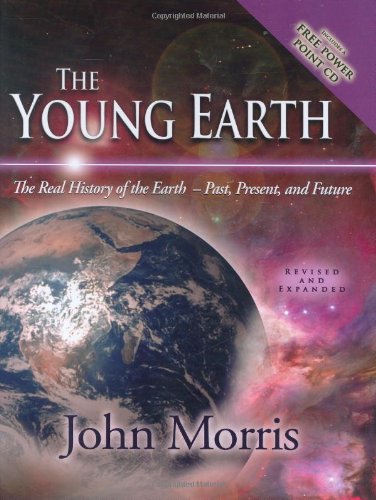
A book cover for The Young Earth: The Real History of the Earth - Past, Present, and Future; John Morris; Christian Books & Bibles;